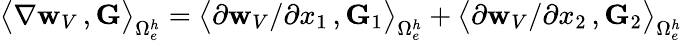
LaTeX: \big\langle\nabla{{\mathbf w}_{V}}\, ,{\mathbf G}\big\rangle_{\Omega_{e}^{h}}=\big\langle\partial{{\mathbf w}_{V}}/\partial x_{1}\, ,{\mathbf G}_{1}\big\rangle_{\Omega_{e}^{h}}+\big\langle\partial{{\mathbf w}_{V}}/\partial x_{2}\, ,{\mathbf G}_{2}\big\rangle_{\Omega_{e}^{h}}